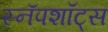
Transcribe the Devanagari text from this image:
स्नॅपशॉट्स